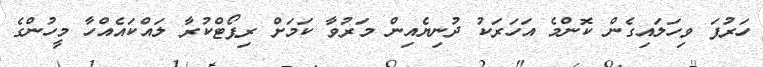
ހަރުފަ ވިހަލައިގެން ކޮންމެ އަހަރަކު ދުނިޔެއިން މަރުވާ ކަމަށް ރިޕޯޓްކުރާ ލައްކައެއްހާ މީހުންގެ